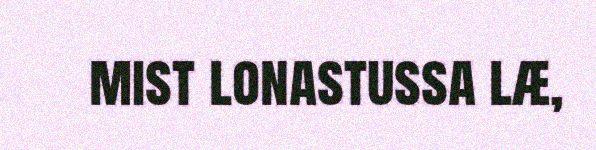
mist lonastussa læ,